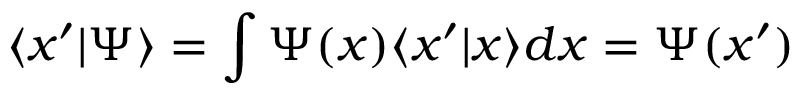
\langle x ^ { \prime } | \Psi \rangle = \int \Psi ( x ) \langle x ^ { \prime } | x \rangle d x = \Psi ( x ^ { \prime } )